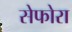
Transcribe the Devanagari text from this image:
सेफोरा